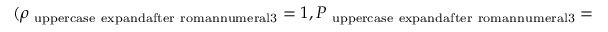
( \rho _ { \mathrm { \ u p p e r c a s e \ e x p a n d a f t e r { \ r o m a n n u m e r a l 3 } } } = 1 , P _ { \mathrm { \ u p p e r c a s e \ e x p a n d a f t e r { \ r o m a n n u m e r a l 3 } } } = 0 . 1 )